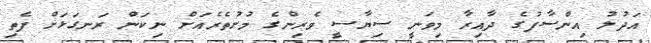
އަދުލު އިންސާފުގެ ދާއިރާ މިވަނީ ސިޔާސީ ވެރިންގެ މުށުތެރެއަށް ނިކަން ރަނގަޅަށް ފެތި